Annual administration report of the Civil Veterinary Department of India - 1897-1898
Year: 1897
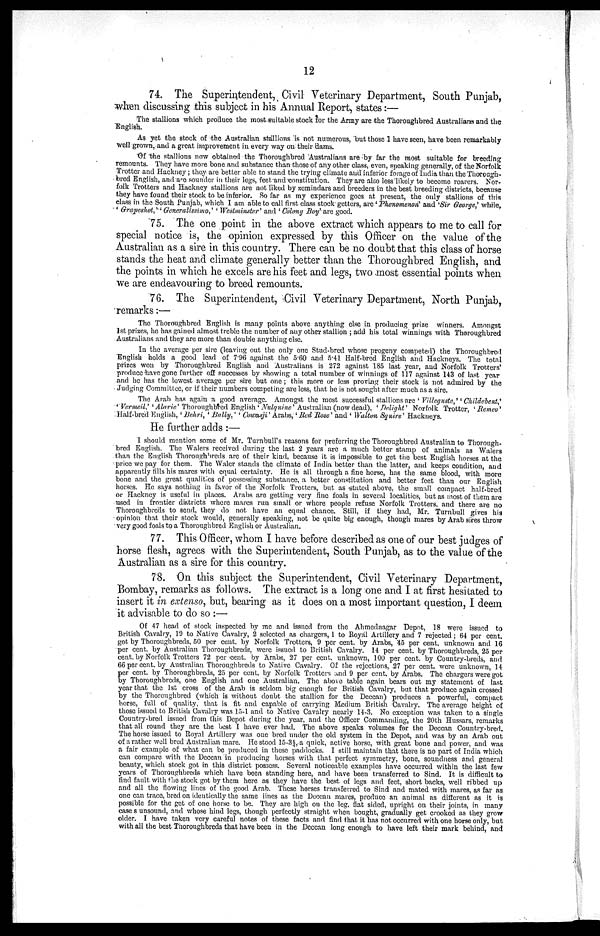
12
74. The Superintendent, Civil Veterinary Department, South Punjab,
"when discussing this subject in his Annual Report, states:—
The stallions which produce the most suitable stock for the Army are the Thoroughbred Australians and the
English.
As yet the stock of the Australian stallions is not numerous, but those 1 have seen, have been remarkably
well grown, and a great improvement in every way on their dams.
Of the stallions now obtained the Thoroughbred Australians are by far the most suitable for breeding
remounts. They have more bone and substance than those of any other class, even, speaking generally, of the Norfolk
Trotter and Hackney ; they are better able to stand the trying climate and inferior forage of India than the Thorough-
bred English, and are sounder in their legs, feet and constitution. They are also less likely to become roarers. Nor-
folk Trotters and Hackney stallions are not liked by zemindars and breeders in the best breeding districts, because
they have found their stock to be inferior. So far as my experience goes at present, the only stallions of this
class in the South Punjab, which I am able to call first class stock getters, are 'Pluenomenon' and 'Sir George,' while,
' Grapeshot,''' Generalissimo,' 'Westminster' and ' Colony Boy' are good.
75. The one point in the above extract which appears to me to call for
special notice is, the opinion expressed by this Officer on the value of the
Australian as a sire in this country. There can be no doubt that this class of horse
stands the heat and climate generally better than the Thoroughbred English, and
the points in which he excels are his feet and legs, two most essential points when
we are endeavouring to breed remounts.
76. The Superintendent, Civil Veterinary Department, North Punjab,
remarks:—
The Thoroughbred English is many points above anything else in producing prize winners. Amongst
1st prizes, he has gained almost treble the number of any other stallion ; add his total winnings with Thoroughbred
Australians and they are more than double anything else.
In the average per sire (leaving out the only one Stud-bred whose progeny competed) the Thoroughbred
English holds a good lead of 7.96 against the 5.60 and 5.41 Half-bred English and Hackneys. The total
prizes won by Thoroughbred English and Australians is 272 against 185 last year, and Norfolk Trotters'
produce have gone further off successes by showing a total number of winnings of 117 against 143 of last year
and he has the lowest average per sire but one; this more or less proving their stock is not admired by the
Judging Committee, or if their numbers competing are less, that he is not sought after much as a sire.
The Arab has again a good average. Amongst the most successful stallions are ' Villeguste,' 'Childebent,'
''Vermeil,' 'Alaric' Thoroughbred English 'Nulquine' Australian (now dead), ' Delight' Norfolk Trotter, 'Remeo'
Half-bred English, ' Behri, ' Bally,' ' Cowasji' Arabs,' Red Rose' and ' Walton Squire' Hackneys.
He further adds :—
I should mention some of Mr. Turnbull's reasons for preferring the Thoroughbred Australian to Thorough-
bred English. The Walers received during the last 2 years are a much better stamp of animals as Walers
than the English Thoroughbreds are of their kind, because it is impossible to get the best English horses at the
price we pay for them. The Waler stands the climate of India better than the latter, and keeps condition, and
apparently fills his mares with equal certainty. He is all through a fine horse, has the same blood, with more
bone and the great qualities of possessing substance, a better constitution and better feet than our English
horses. He says nothing in favor of the Norfolk Trotters, but as stated above, the small compact half-bred
or Hackney is useful in places. Arabs are getting very fine foals in several localities, but as most of them are
used in frontier districts where mares run small or where people refuse Norfolk Trotters, and there are no
Thoroughbreds to send, they do not have an equal chance. Still, if they had, Mr. Turnbull gives his
opinion that their stock would, generally speakiug, not be quite big enough, though mares by Arab sires throw
very good foals to a Thoroughbred English or Australian.
77. This Officer, whom I have before described as one of our best judges of
horse flesh, agrees with the Superintendent, South Punjab, as to the value of the
Australian as a sire for this country.
78. On this subject the Superintendent, Civil Veterinary Department,
Bombay, remarks as follows. The extract is a long one and I at first hesitated to
insert it in extenso, but, bearing as it does on a most important question, I deem
it advisable to do so :—
Of 47 head of stock inspected by me and issued from the Ahmednagar Depot, 18 were issued to
British Cavalry, 19 to Native Cavalry, 2 selected as chargers, 1 to Royal Artillery and 7 rejected ; 64 per cent.
got by Thoroughbreds, 50 per cent. by Norfolk Trotters, 9 per cent. by Arabs, 45 per cent. unknown and 16
per cent. by Australian Thoroughbreds, were issued to British Cavalry. 14 per cent. by Thoroughbreds, 25 per
cent. by Norfolk Trotters 72 per cent. by Arabs, 27 per cent. unknown, 100 per cent. by Country-breds, and
66 per cent. by Australian Thoroughbreds to Native Cavalry. Of the rejections, 27 per cent. were unknown, 14
per cent. by Thoroughbreds, 25 per cent. by Norfolk Trotters and 9 per cent. by Arabs. The chargers were got
by Thoroughbreds, one English and one Australian. The above table again bears out my statement of last
year that the 1st cross of the Arab is seldom big enough for British Cavalry, but that produce again crossed
by the Thoroughbred (which is without doubt the stallion for the Deccan) produces a powerful, compact
horse, full of quality, that is fit and capable of carrying Medium British Cavalry. The average height of
those issued to British Cavalry was 15-1 and to Native Cavalry nearly 14.3. No exception was taken to a single
Country-bred issued from this Depot during the year, and the Officer Commanding, the 20th Hussars, remarks
that all round they are the best I have ever had. The above speaks volumes for the Deccan Country-bred.
The horse issued to Royal Artillery was one bred under the old system in the Depot, and was by an Arab out
of a rather well bred Australian mare. He stood 15-3¼, a quick, active horse, with great bone and power, and was
a fair example of what can be produced in these paddocks. I still maintain that there is no part of India which
can compare with the Deccan in producing horses with that perfect symmetry, bone, soundness and general
beauty, which stock got in this district possess. Several noticeable examples have occurred within the last few
years of Thoroughbreds which have been standing here, and have been transferred to Sind. It is difficult to
find fault with the stock got by them here as they have the best of legs and feet, short backs, well ribbed up
and all the flowing lines of the good Arab. These horses transferred to Sind and mated with mares, as far as
one can trace, bred on identically the same lines as the Deccan mares, produce an animal as different as it is
possible for the get of one horse to be. They are high on the leg. flat sided, upright on their joints, in many
case s unsound, and whose hind legs, though perfectly straight when bought, gradually get crooked as they grow
older. I have taken very careful notes of these facts and find that it has not occurred with one horse only, but
with all the best Thoroughbreds that have been in the Deccan long enough to have left their mark behind, and